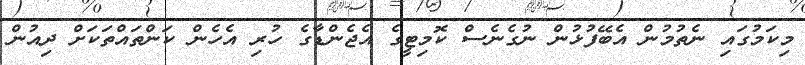
މިކަމުުގައި ނެތުމުން އެބޭފުޅުން ނުގެނެސް ކޮމިޓީގެ އެޖެންޑާގެ ހުރި އެހެން ކަންތައްތަކަށް ދިއުން